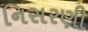
નિસરણી